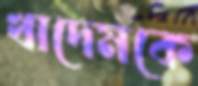
খাদেমকে